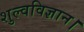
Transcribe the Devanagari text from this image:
शुल्वविज्ञान।